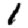
Digit: 1